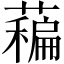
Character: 藊